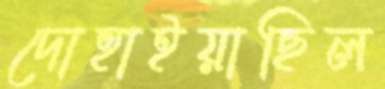
দোহাইয়াছিল